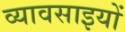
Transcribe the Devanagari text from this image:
व्यावसाइयों